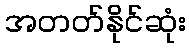
အတတ်နိုင်ဆုံး